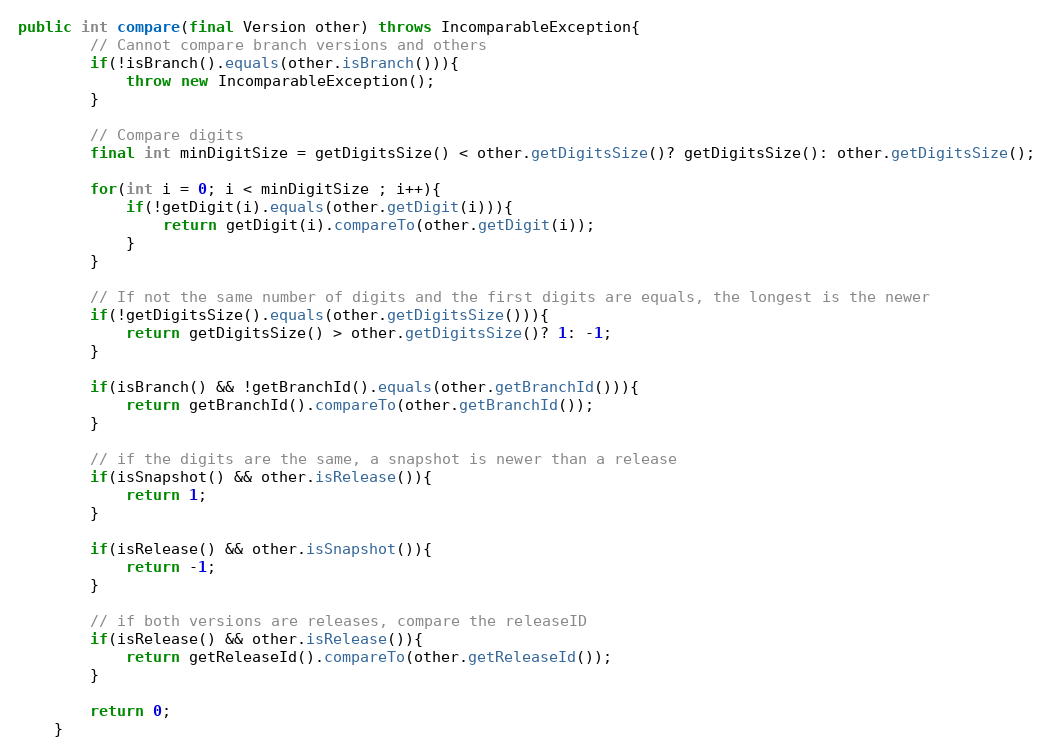
Language: Java
public int compare(final Version other) throws IncomparableException{
		// Cannot compare branch versions and others
		if(!isBranch().equals(other.isBranch())){
			throw new IncomparableException();
		}

		// Compare digits
		final int minDigitSize = getDigitsSize() < other.getDigitsSize()? getDigitsSize(): other.getDigitsSize();

		for(int i = 0; i < minDigitSize ; i++){
			if(!getDigit(i).equals(other.getDigit(i))){
				return getDigit(i).compareTo(other.getDigit(i));
			}
		}

		// If not the same number of digits and the first digits are equals, the longest is the newer
		if(!getDigitsSize().equals(other.getDigitsSize())){
			return getDigitsSize() > other.getDigitsSize()? 1: -1;
		}

        if(isBranch() && !getBranchId().equals(other.getBranchId())){
			return getBranchId().compareTo(other.getBranchId());
		}

		// if the digits are the same, a snapshot is newer than a release
		if(isSnapshot() && other.isRelease()){
			return 1;
		}

		if(isRelease() && other.isSnapshot()){
			return -1;
		}

		// if both versions are releases, compare the releaseID
		if(isRelease() && other.isRelease()){
			return getReleaseId().compareTo(other.getReleaseId());
		}

		return 0;
	}